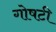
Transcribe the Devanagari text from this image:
गोषटी